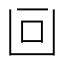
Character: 𠚃